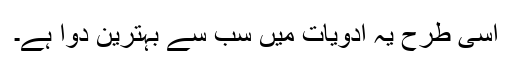
اسی طرح یہ ادویات میں سب سے بہترین دوا ہے۔